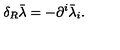
\delta _ { R } \bar { \lambda } = - \partial ^ { i } \bar { \lambda } _ { i } .